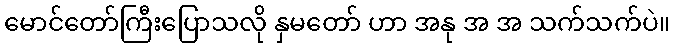
မောင်တော်ကြီးပြောသလို နှမတော် ဟာ အနု အ အ သက်သက်ပဲ။